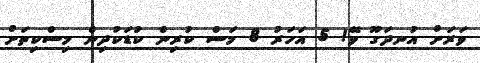
ވަރަށް އުނދަގޫ ވޭ! 5 އަހަރު 8 މަސް ކުރިން ކުޑަކުދިން މިސްކިތަށް